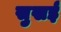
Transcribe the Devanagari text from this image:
सुखई